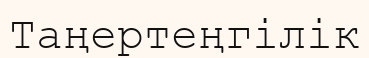
Таңертеңгілік